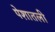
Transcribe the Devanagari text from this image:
पेशातली